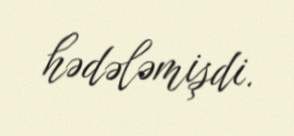
hədələmişdi.